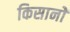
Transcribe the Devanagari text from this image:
किसानोें